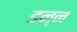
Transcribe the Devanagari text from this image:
डन्न